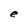
Character: e